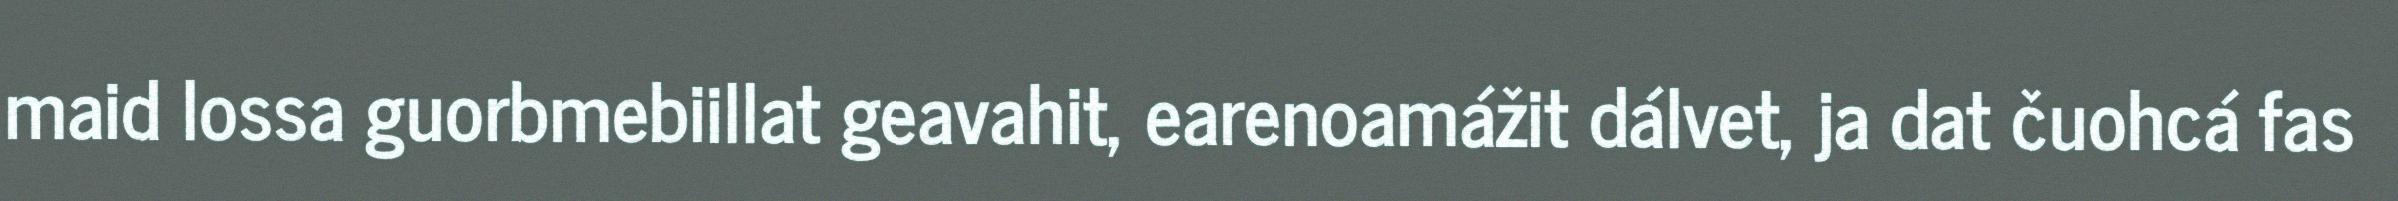
maid lossa guorbmebiillat geavahit, earenoamážit dálvet, ja dat čuohcá fas